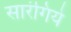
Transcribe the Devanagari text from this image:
सारंगिये